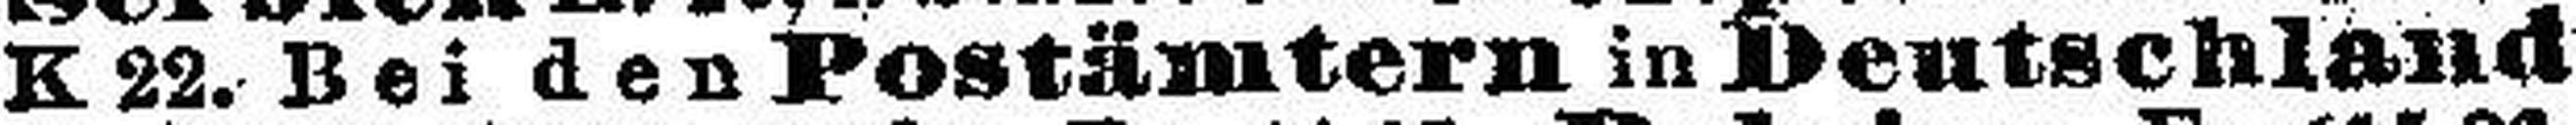
K 22. Bei den Postämtern in Deutschland